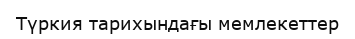
Түркия тарихындағы мемлекеттер